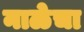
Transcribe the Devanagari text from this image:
नाळेचा